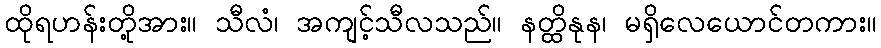
ထိုရဟန်းတို့အား။ သီလံ၊ အကျင့်သီလသည်။ နတ္ထိနုန၊ မရှိလေယောင်တကား။